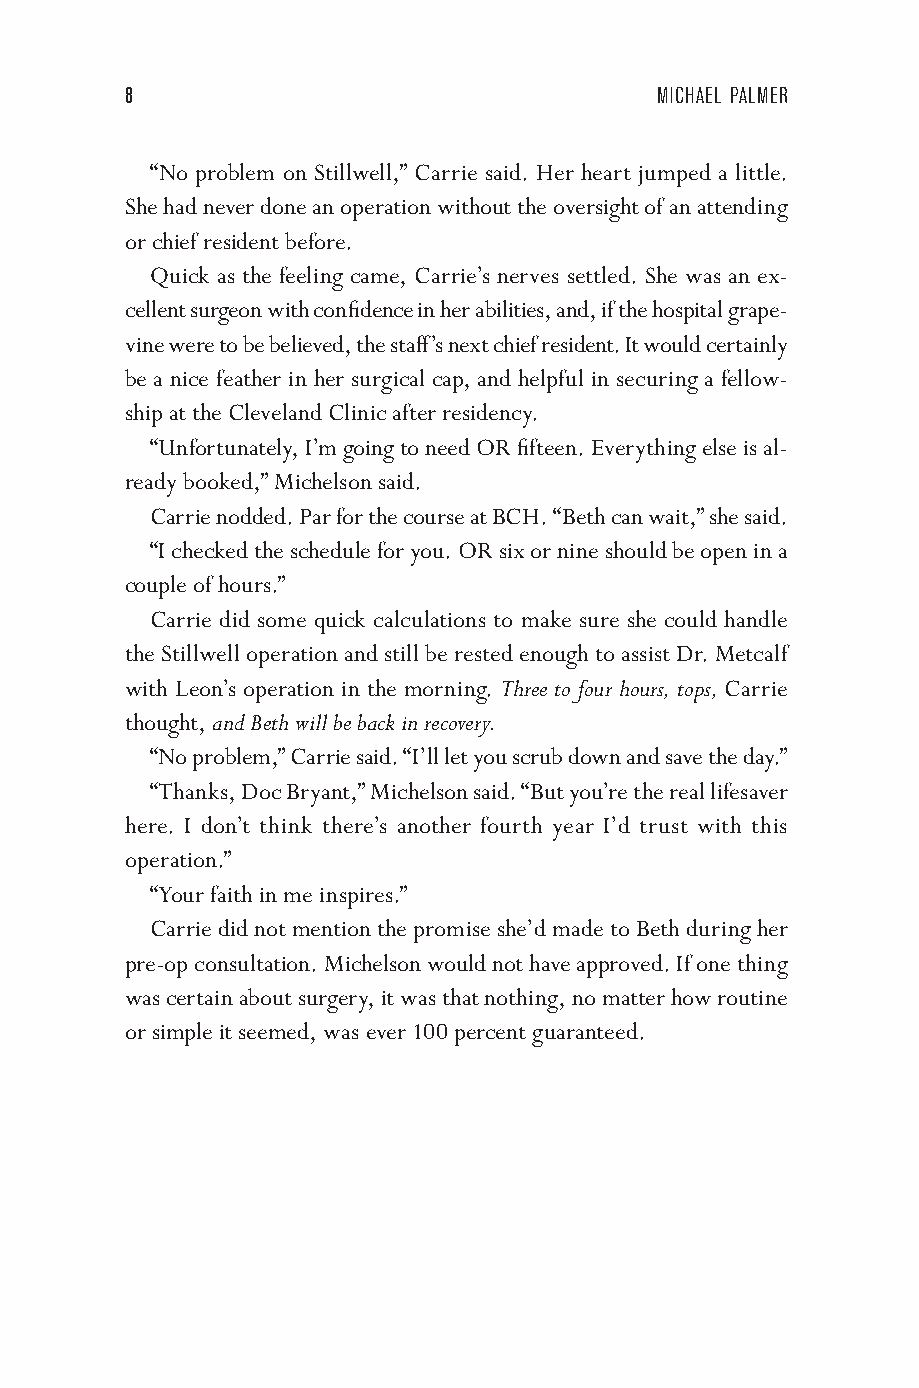
8                                   MICHAEL PALMER
 “No problem on Stillwell,” Carrie said. Her heart jumped a little.
 She had never done an operation without the oversight of an attending
 or chief resident before.
 Quick as the feeling came, Carrie’s nerves settled. She was an ex-
 cellent surgeon with confi dence in her abilities, and, if the hospital grape-
 vine were to be believed, the staff ’s next chief resident. It would certainly
 be a nice feather in her surgical cap, and helpful in securing a fellow-
 ship at the Cleveland Clinic after residency.
 “Unfortunately, I’m going to need OR fi fteen. Everything e lse is al-
 ready booked,” Michelson said.
 Carrie nodded. Par for the course at BCH. “Beth can wait,” she said.
 “I checked the schedule for you. OR six or nine should be open in a
 couple of hours.”
 Carrie did some quick calculations to make sure she could handle
 the Stillwell operation and still be rested enough to assist Dr. Metcalf
 with Leon’s operation in the morning. Three to four hours, tops, Carrie
 thought, and Beth will be back in recovery.
 “No problem,” Carrie said. “I’ll let you scrub down and save the day.”
 “Thanks, Doc Bryant,” Michelson said. “But you’re the real lifesaver
 here. I don’t think there’s another fourth year I’d trust with this
 operation.”
 “Your faith in me inspires.”
 Carrie did not mention the promise she’d made to Beth during her
 pre-op consultation. Michelson would not have approved. If one thing
 was certain about surgery, it was that nothing, no matter how routine
 or simple it seemed, was ever 100 percent guaranteed.
 005533--6600558855__cchh0011__55PP..iinndddd 88     0033//1188//1155 66::5500 aamm